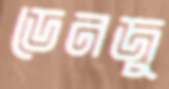
ডেনজু